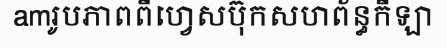
amរូបភាពពីហ្វេសប៊ុកសហព័ន្ធកីឡា